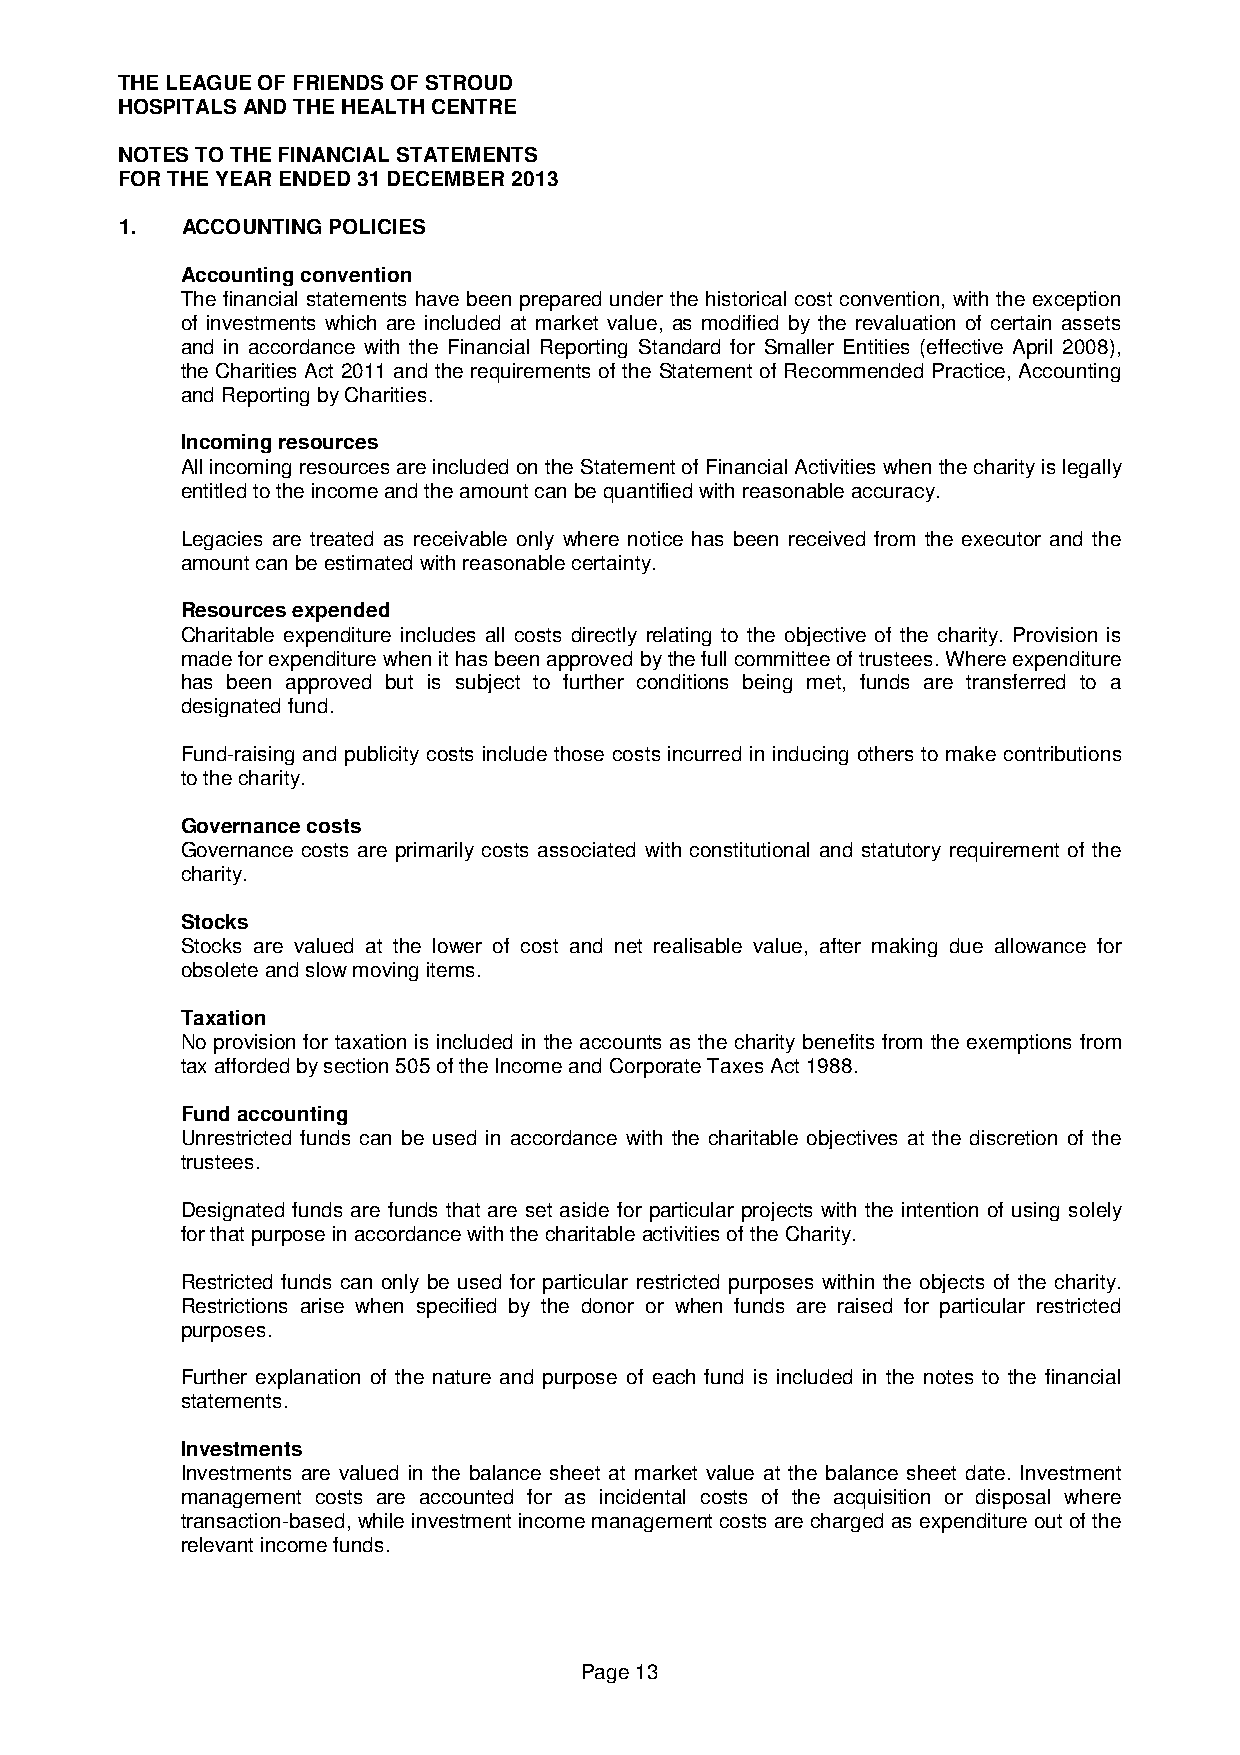
THE LEAGUE OF FRIENDS OF STROUD
 HOSPITALS AND THE HEALTH CENTRE
 NOTES TO THE FINANCIAL STATEMENTS
 FOR THE YEAR ENDED 31 DECEMBER 2013
 1.  ACCOUNTING POLICIES
 Accounting convention
 The financial statements have been prepared under the historical cost convention, with the exception
 of investments which are included at market value, as modified by the revaluation of certain assets
 and in accordance with the Financial Reporting Standard for Smaller Entities (effective April 2008),
 the Charities Act 2011 and the requirements of the Statement of Recommended Practice, Accounting
 and Reporting by Charities.
 Incoming resources
 All incoming resources are included on the Statement of Financial Activities when the charity is legally
 entitled to the income and the amount can be quantified with reasonable accuracy.
 Legacies are treated as receivable only where notice has been received from the executor and the
 amount can be estimated with reasonable certainty.
 Resources expended
 Charitable expenditure includes all costs directly relating to the objective of the charity. Provision is
 made for expenditure when it has been approved by the full committee of trustees. Where expenditure
 has been approved but is subject to further conditions being met, funds are transferred to a
 designated fund.
 Fund-raising and publicity costs include those costs incurred in inducing others to make contributions
 to the charity.
 Governance costs
 Governance costs are primarily costs associated with constitutional and statutory requirement of the
 charity.
 Stocks
 Stocks are valued at the lower of cost and net realisable value, after making due allowance for
 obsolete and slow moving items.
 Taxation
 No provision for taxation is included in the accounts as the charity benefits from the exemptions from
 tax afforded by section 505 of the Income and Corporate Taxes Act 1988.
 Fund accounting
 Unrestricted funds can be used in accordance with the charitable objectives at the discretion of the
 trustees.
 Designated funds are funds that are set aside for particular projects with the intention of using solely
 for that purpose in accordance with the charitable activities of the Charity.
 Restricted funds can only be used for particular restricted purposes within the objects of the charity.
 Restrictions arise when specified by the donor or when funds are raised for particular restricted
 purposes.
 Further explanation of the nature and purpose of each fund is included in the notes to the financial
 statements.
 Investments
 Investments are valued in the balance sheet at market value at the balance sheet date. Investment
 management costs are accounted for as incidental costs of the acquisition or disposal where
 transaction-based, while investment income management costs are charged as expenditure out of the
 relevant income funds.
 Page 13